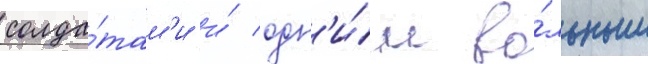
солда́там'и и́ одн'и́м во́льным